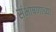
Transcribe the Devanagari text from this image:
संभाषणाच्या